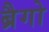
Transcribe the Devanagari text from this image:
ब्रैगो